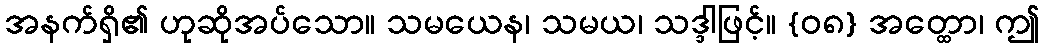
အနက်ရှိ၏ ဟုဆိုအပ်သော။ သမယေန၊ သမယ၊ သဒ္ဒါဖြင့်။ {၀၈} အတ္ထော၊ ဤ